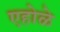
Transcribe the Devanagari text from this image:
एहोळे